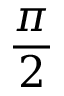
\frac { \pi } { 2 }